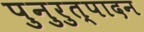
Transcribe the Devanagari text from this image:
पुनुरुत्पादन